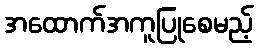
အထောက်အကူပြုစေမည့်